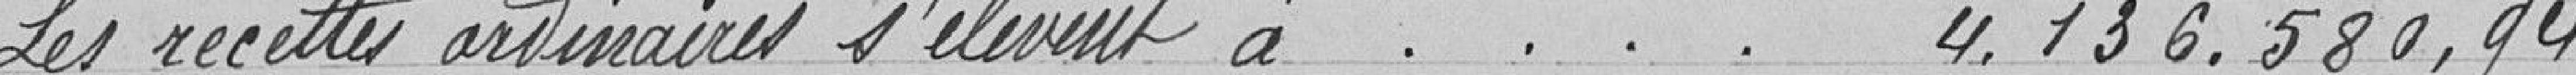
Les recettes ordinaires s'élèvent à . . . . 4.136.580,94